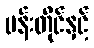
ပန်းတိုင်နှင့်